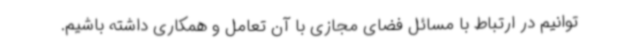
توانیم در ارتباط با مسائل فضای مجازی با آن تعامل و همکاری داشته باشیم.